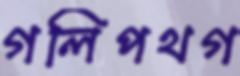
গলিপথগ